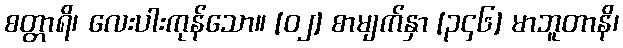
စတ္တာရိ၊ လေးပါးကုန်သော။ [၀၂] စာမျက်နှာ [၃၄၆] မာဘူတာနိ၊